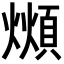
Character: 𪹺